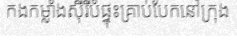
កងកម្លាំងស៊ីរីបំផ្ទុះគ្រាប់បែកនៅក្រុង